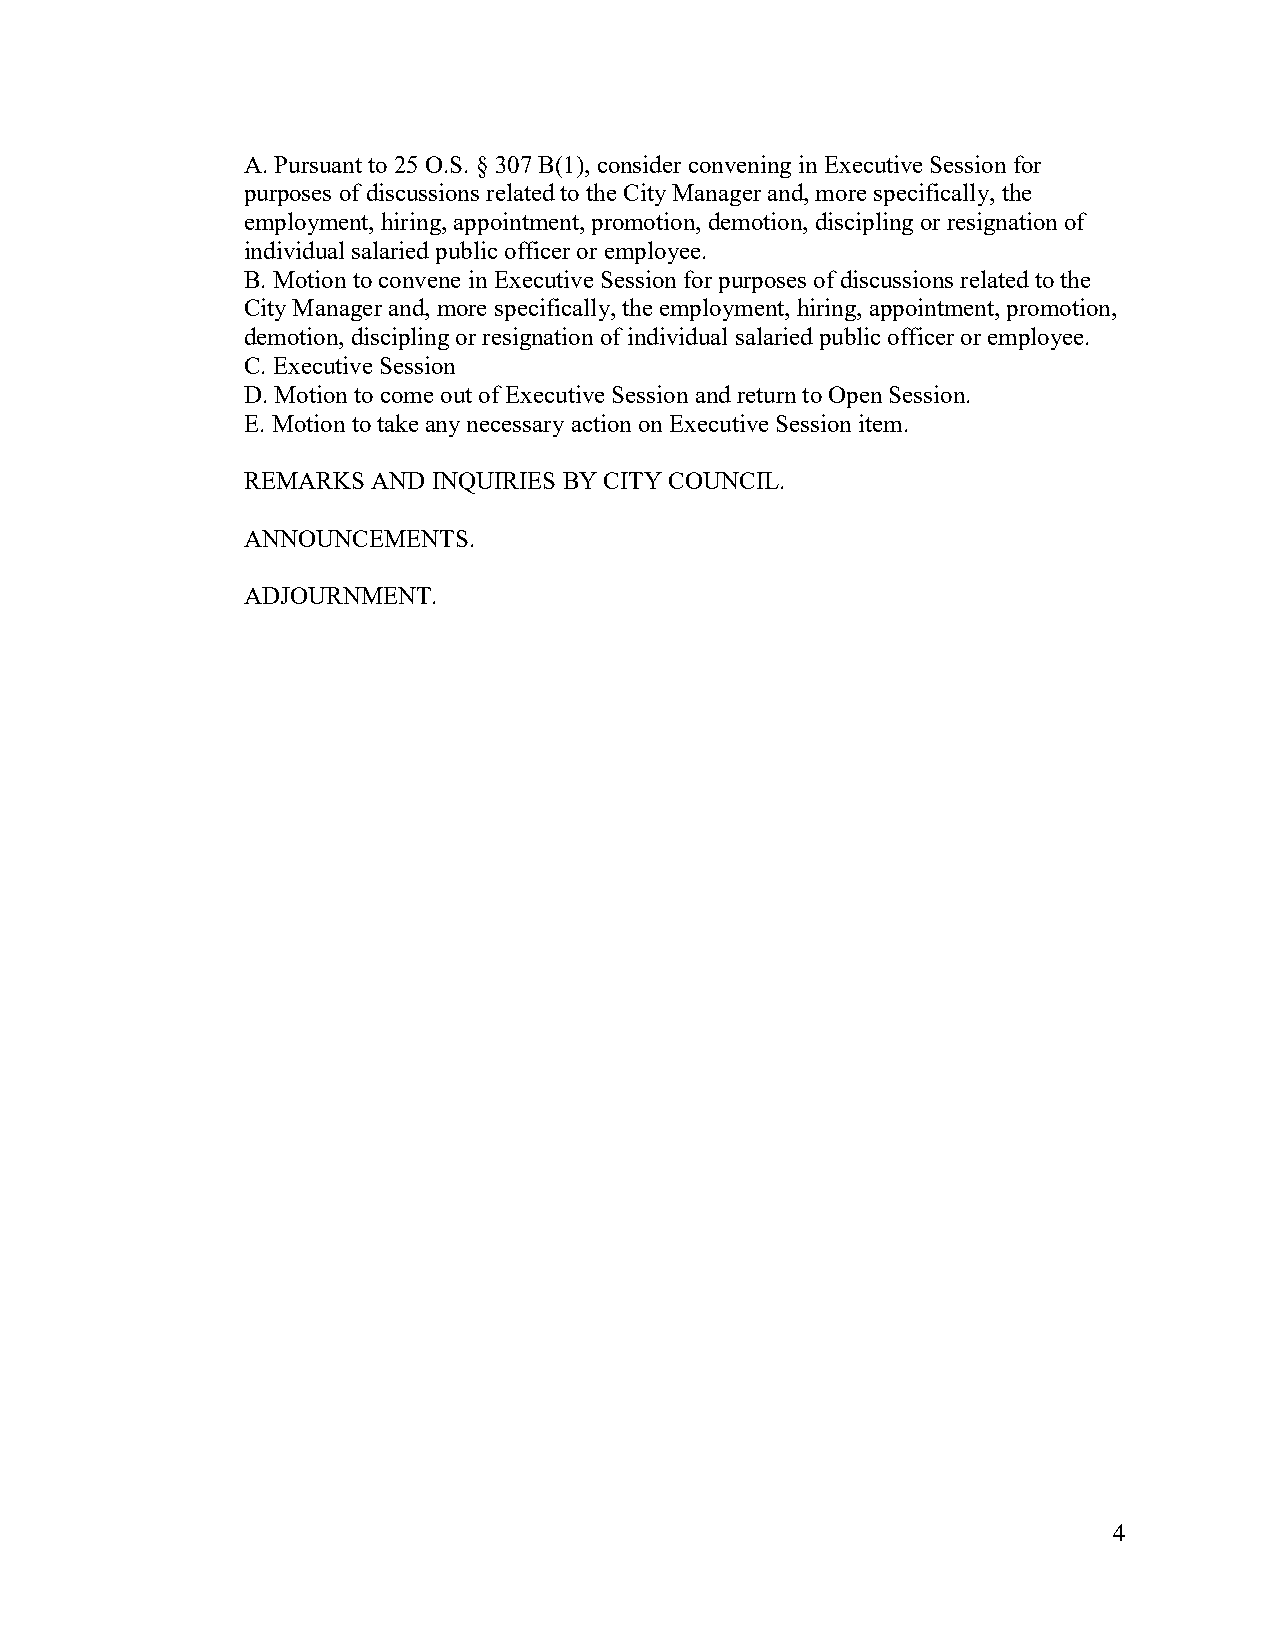
A. Pursuant to 25 O.S. § 307 B(1), consider convening in Executive Session for
 purposes of discussions related to the City Manager and, more specifically, the
 employment, hiring, appointment, promotion, demotion, discipling or resignation of
 individual salaried public officer or employee.
 B. Motion to convene in Executive Session for purposes of discussions related to the
 City Manager and, more specifically, the employment, hiring, appointment, promotion,
 demotion, discipling or resignation of individual salaried public officer or employee.
 C. Executive Session
 D. Motion to come out of Executive Session and return to Open Session.
 E. Motion to take any necessary action on Executive Session item.
 REMARKS  AND INQUIRIES BY CITY COUNCIL.
 ANNOUNCEMENTS.
 ADJOURNMENT.
 4